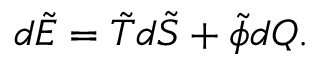
d \tilde { E } = \tilde { T } d \tilde { S } + \tilde { \phi } d Q .